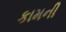
કામની